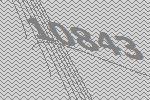
10843